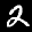
Label: 2